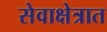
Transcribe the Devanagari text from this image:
सेवाक्षेत्रात